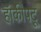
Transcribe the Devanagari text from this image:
हॅाकीपटू